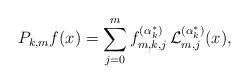
LaTeX: \begin{align*}{P_{k,m}f}(x) = \sum\limits_{j = 0}^m {f_{m,k,j}^{(\alpha _k^*)}\,{\mathcal{L}}_{m,j}^{(\alpha _k^*)}(x)} ,\end{align*}